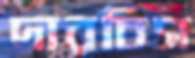
দারচিস